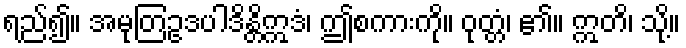
ရည်၍။ အမုတြဥဒပါဒိန္တိဣဒံ၊ ဤစကားကို။ ဝုတ္တံ၊ ၏။ ဣတိ၊ သို့။